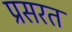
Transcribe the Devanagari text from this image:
प्रसरत